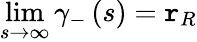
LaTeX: \operatorname*{lim}_{s\rightarrow\infty}\gamma_{-}\left(s\right)=\mathtt{r}_{R}